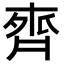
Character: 𪗄